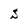
Character: s